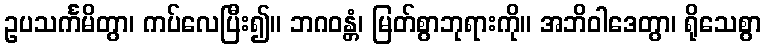
ဥပသင်္ကမိတွာ၊ ကပ်လေပြီး၍။ ဘဂဝန္တံ၊ မြတ်စွာဘုရားကို။ အဘိဝါဒေတွာ၊ ရိုသေစွာ